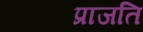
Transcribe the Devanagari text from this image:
प्राजति